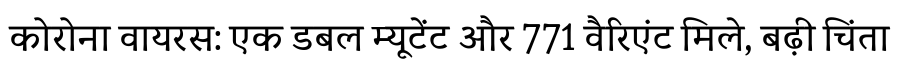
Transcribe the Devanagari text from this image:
कोरोना वायरस: एक डबल म्यूटेंट और 771 वैरिएंट मिले, बढ़ी चिंता